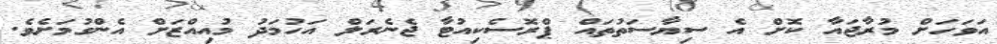
އަވަހަށް މުރާޖައާ ކޮށް އެ ސިޔާސަތުތައް ޕްރޮސެކިއުޓާ ޖެނެރަލް އަހުމަދު މުއިއްޒަށް އެންގުމަށެވެ.